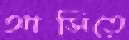
আসিতে